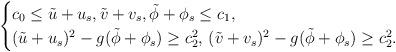
LaTeX: \begin{align*}\begin{cases}c_0 \leq \tilde u+u_s,\tilde v+v_s,\tilde \phi+\phi_s \leq c_1,\\(\tilde u+u_s)^2 - g(\tilde \phi+\phi_s)\geq c_2^2,\, (\tilde v+v_s)^2 - g(\tilde \phi+\phi_s) \geq c_2^2.\\\end{cases}\end{align*}